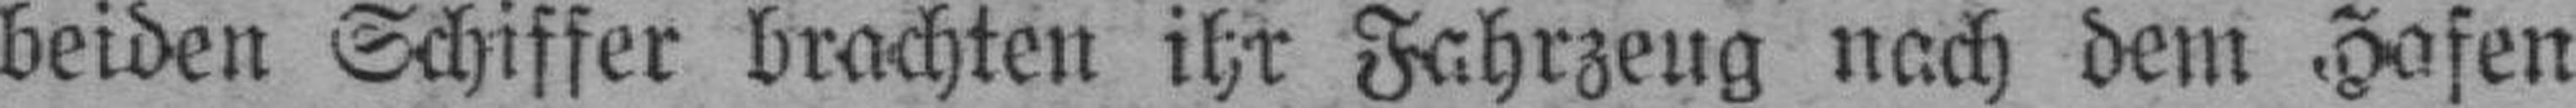
beiden Schiffer brachten ihr Fahrzeug nach dem Hafen